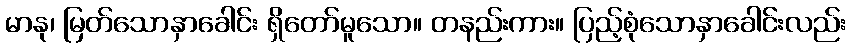
မာနု၊ မြတ်သောနှာခေါင်း ရှိတော်မူသော။ တနည်းကား။ ပြည့်စုံသောနှာခေါင်းလည်း